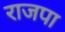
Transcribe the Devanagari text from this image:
राजपा